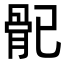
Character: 𩨕